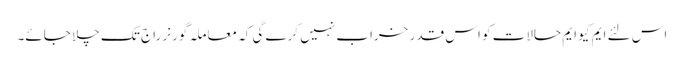
اس لئے ایم کیو ایم حالات کو اس قدر خراب نہیں کرے گی کہ معاملہ گورنر راج تک چلا جائے۔